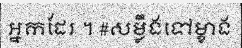
អ្នកដែរ ។ #សម្លឹងទៅម្ខាង